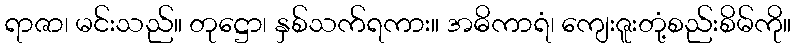
ရာဇာ၊ မင်းသည်။ တုဋ္ဌော၊ နှစ်သက်ရကား။ အဓိကာရံ၊ ကျေးဇူးတုံ့စည်းစိမ်ကို။